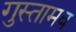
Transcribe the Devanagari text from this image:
गुस्तामव